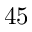
4 5